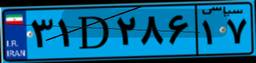
۳۱D۲۸۶۱۷